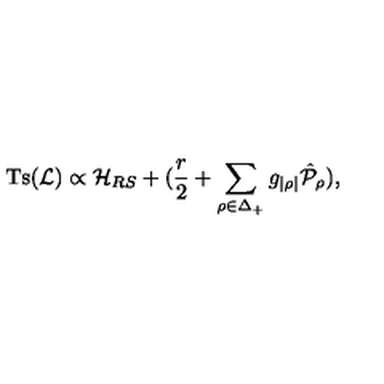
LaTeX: \mathrm { T s } ( { \cal L } ) \propto { \cal H } _ { R S } + ( { \frac { r } { 2 } } + \sum _ { \rho \in \Delta _ { + } } g _ { | \rho | } \hat { \cal P } _ { \rho } ) ,